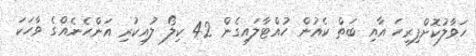
ހަވާލުކޮށްފިރިހަ އާއި ބަތް ކެއުން ހުއްޓާލައިގެން 42 ކިލޯ ލުއިކުރި އަންހެނެއްގެ ވާހަކަ